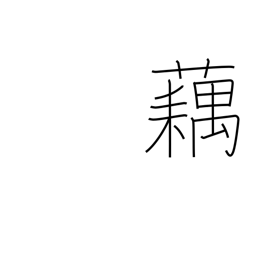
Meaning: lotus root